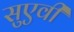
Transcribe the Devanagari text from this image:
सुएवी